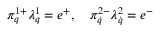
\pi _ { q } ^ { 1 + } \lambda _ { q } ^ { 1 } = e ^ { + } , \quad \pi _ { \dot { q } } ^ { 2 - } \lambda _ { \dot { q } } ^ { 2 } = e ^ { - }